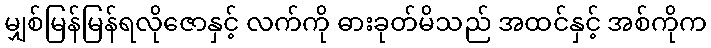
မျှစ်မြန်မြန်ရလိုဇောနှင့် လက်ကို ဓားခုတ်မိသည် အထင်နှင့် အစ်ကိုက